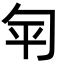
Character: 匉